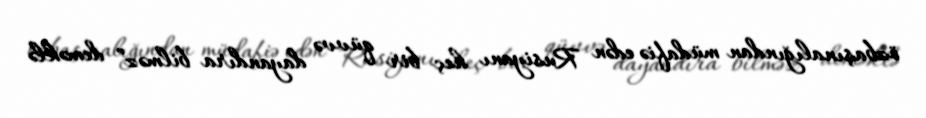
özbaşınalığından müdafiə edən Rusiyanı heç bir qüvvə dayandıra bilməz” deməklə